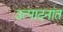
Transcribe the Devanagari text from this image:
उत्पादनांत